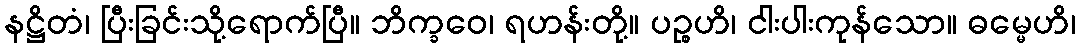
နဋ္ဌိတံ၊ ပြီးခြင်းသို့ရောက်ပြီ။ ဘိက္ခဝေ၊ ရဟန်းတို့။ ပဉ္စဟိ၊ ငါးပါးကုန်သော။ ဓမ္မေဟိ၊